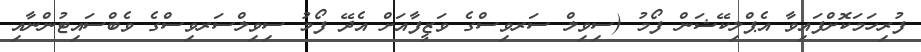
ފުރިހަމަކޮށްފައިވާ އެޕްލިކޭޝަން ފޯމު (ސިވިލް ސަރވިސްގެ ވަޒީފާއަށް އެދޭ ފޯމު ސިވިލްސަރވިސްގެ ވެބްސައިޓުންނާއި